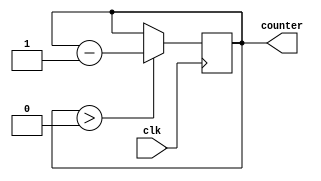
module for_loop_behavioral (
    input wire clk,
    output reg counter
);

initial begin
    counter = 10; // initial value for the loop counter
end

always @(posedge clk) begin
    if (counter > 0) begin
        counter <= counter - 1; // decrement operation within the loop body
    end
end

endmodule